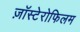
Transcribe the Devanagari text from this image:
ज़ॉस्टेरोफिलम